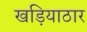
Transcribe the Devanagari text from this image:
खड़ियाठार